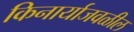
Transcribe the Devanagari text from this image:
किनार्याजवळील